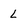
Character: L